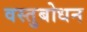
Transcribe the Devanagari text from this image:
वस्तुबोधन